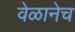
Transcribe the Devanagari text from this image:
वेळानेच